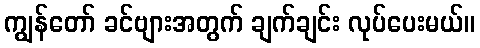
ကျွန်တော် ခင်ဗျားအတွက် ချက်ချင်း လုပ်ပေးမယ်။